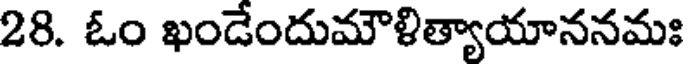
28. ఓం ఖండేందుమౌళిత్యాయాననమః